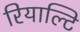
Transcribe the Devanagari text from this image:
रियाल्टि